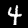
Label: 4